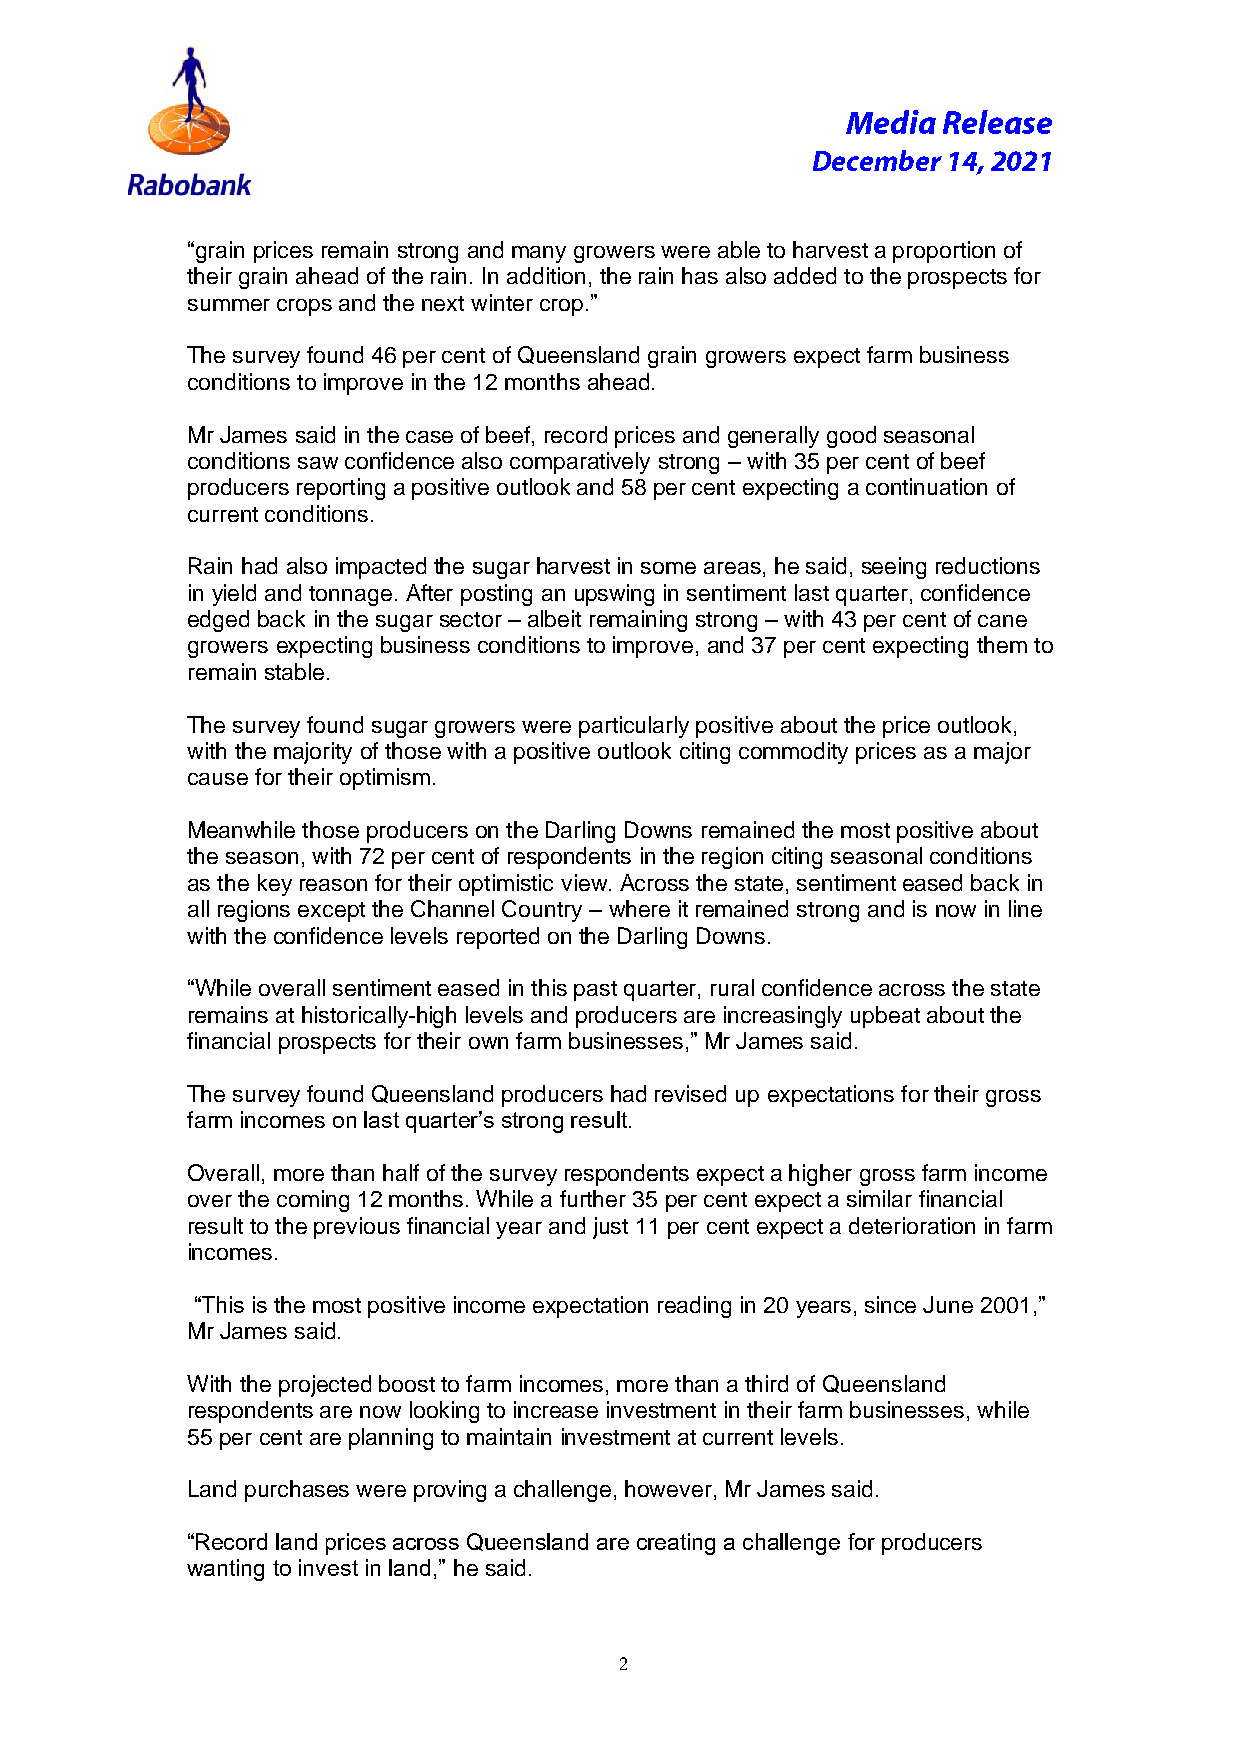
Media Release
 December 14, 2021
 “grain prices remain strong and many growers were able to harvest a proportion of
 their grain ahead of the rain. In addition, the rain has also added to the prospects for
 summer crops and the next winter crop.”
 The survey found 46 per cent of Queensland grain growers expect farm business
 conditions to improve in the 12 months ahead.
 Mr James said in the case of beef, record prices and generally good seasonal
 conditions saw confidence also comparatively strong – with 35 per cent of beef
 producers reporting a positive outlook and 58 per cent expecting a continuation of
 current conditions.
 Rain had also impacted the sugar harvest in some areas, he said, seeing reductions
 in yield and tonnage. After posting an upswing in sentiment last quarter, confidence
 edged back in the sugar sector – albeit remaining strong – with 43 per cent of cane
 growers expecting business conditions to improve, and 37 per cent expecting them to
 remain stable.
 The survey found sugar growers were particularly positive about the price outlook,
 with the majority of those with a positive outlook citing commodity prices as a major
 cause for their optimism.
 Meanwhile those producers on the Darling Downs remained the most positive about
 the season, with 72 per cent of respondents in the region citing seasonal conditions
 as the key reason for their optimistic view. Across the state, sentiment eased back in
 all regions except the Channel Country – where it remained strong and is now in line
 with the confidence levels reported on the Darling Downs.
 “While overall sentiment eased in this past quarter, rural confidence across the state
 remains at historically-high levels and producers are increasingly upbeat about the
 financial prospects for their own farm businesses,” Mr James said.
 The survey found Queensland producers had revised up expectations for their gross
 farm incomes on last quarter’s strong result.
 Overall, more than half of the survey respondents expect a higher gross farm income
 over the coming 12 months. While a further 35 per cent expect a similar financial
 result to the previous financial year and just 11 per cent expect a deterioration in farm
 incomes.
 “This is the most positive income expectation reading in 20 years, since June 2001,”
 Mr James said.
 With the projected boost to farm incomes, more than a third of Queensland
 respondents are now looking to increase investment in their farm businesses, while
 55 per cent are planning to maintain investment at current levels.
 Land purchases were proving a challenge, however, Mr James said.
 “Record land prices across Queensland are creating a challenge for producers
 wanting to invest in land,” he said.
 2